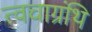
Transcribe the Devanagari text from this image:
त्वचाग्रंथि